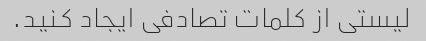
لیستی از کلمات تصادفی ایجاد کنید.